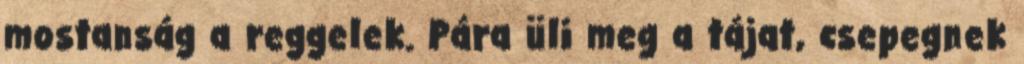
mostanság a reggelek. Pára üli meg a tájat, csepegnek